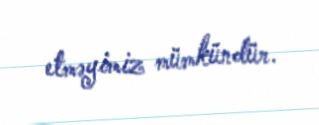
etməyimiz mümkündür.